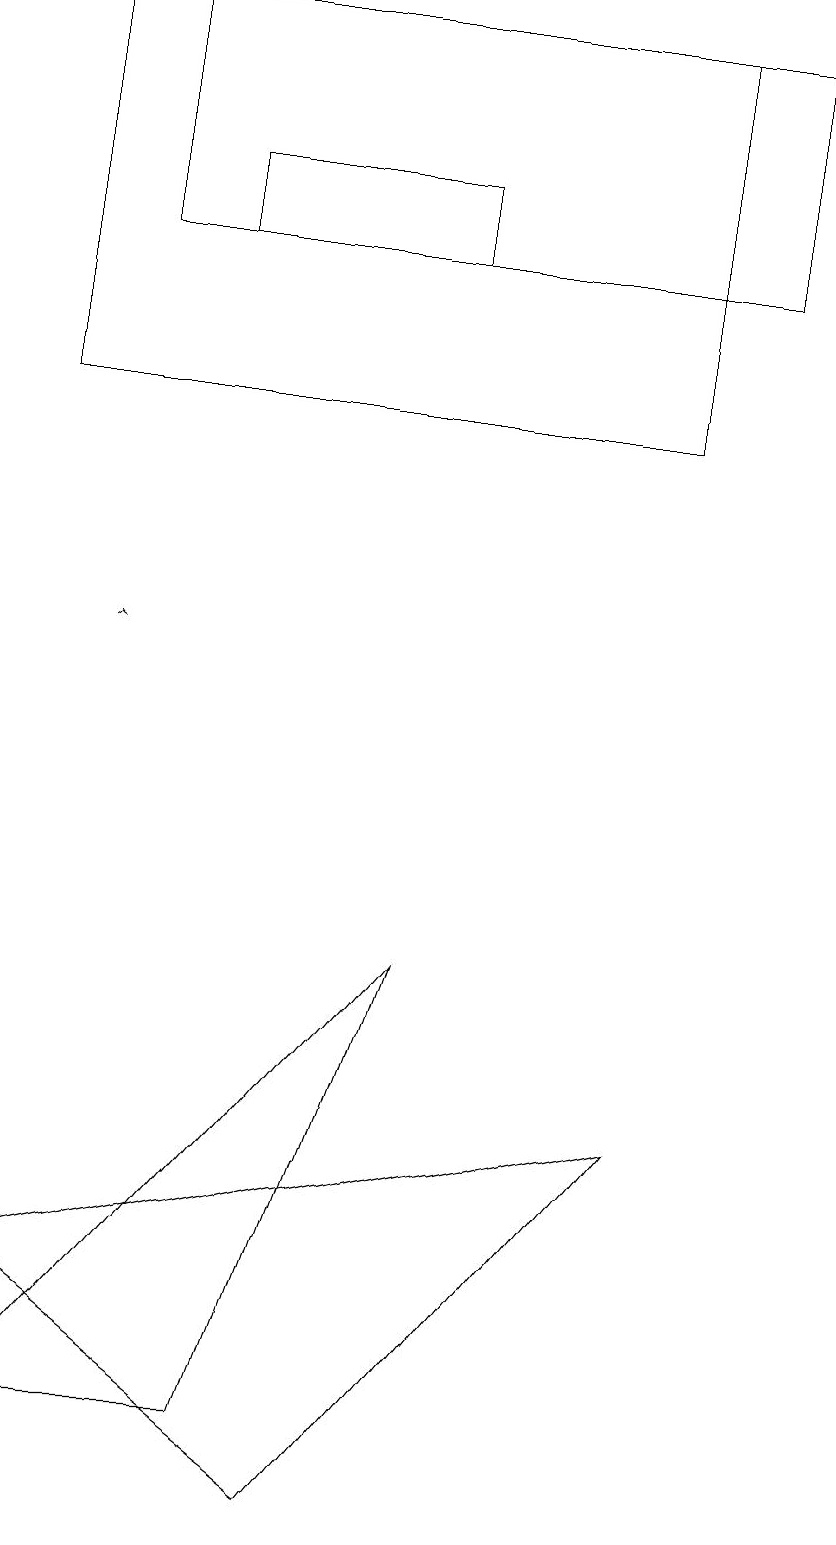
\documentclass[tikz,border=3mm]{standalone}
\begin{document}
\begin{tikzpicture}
\draw (1,19) rectangle (9,16);
\draw (10,10) circle (0);
\draw (0,1) -- (5,7) -- (3,1) -- cycle;
\draw (4,0) -- (0,3) -- (8,5) -- cycle;
\draw (8,14) rectangle (0,19);
\draw (2,16) rectangle (5,17);
\draw[->] (1,11) -- (1,11);
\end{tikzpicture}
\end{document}